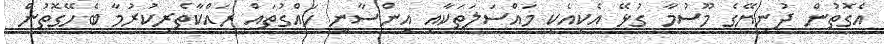
އެގޮތުން ދުނިޔޭގެ މޫސުމާ ގުޅޭ އެކިއެކި މައްސަލަތަކާއި އިންސާނީ ހައްގުތައް ރައްކާތެރިކުރުމާ ބެހޭގޮތުން